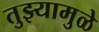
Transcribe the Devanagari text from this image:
तुझ्यामुळे